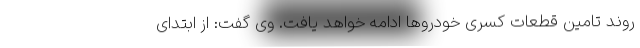
روند تامین قطعات کسری خودروها ادامه خواهد یافت. وی گفت: از ابتدای